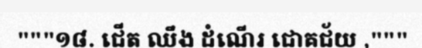
"""១៨. ជើត ឈឹង ដំណើរ ជោគជ័យ ,"""